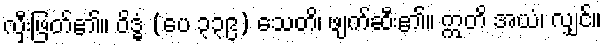
လှီးဖြတ်၏။ ဝိဒ္ဓံ (ပေ ၃၃၉) သေတိ၊ ဖျက်ဆီး၏။ ဣတိ အယံ၊ လျှင်။